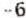
-6